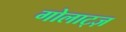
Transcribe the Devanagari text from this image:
गोलाट्ज़